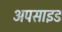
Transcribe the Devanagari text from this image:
अपसाइड